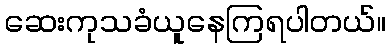
ဆေးကုသခံယူနေကြရပါတယ်။